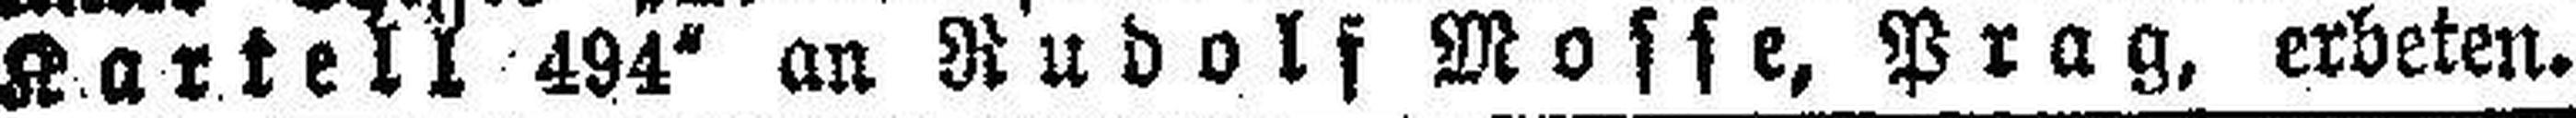
Kartell 494 an Rudolf Mosse, Prag, erbeten.